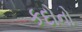
કદોનો